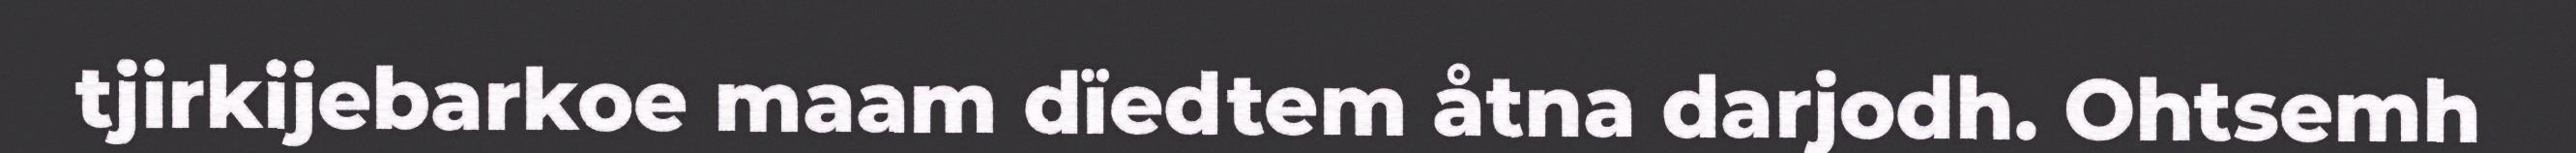
tjirkijebarkoe maam dïedtem åtna darjodh. Ohtsemh